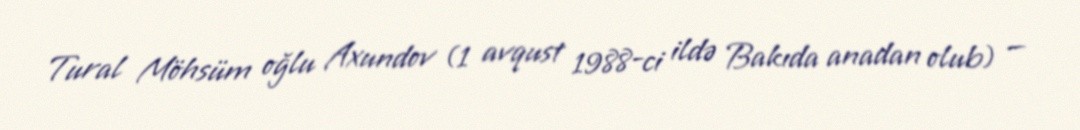
Tural Möhsüm oğlu Axundov (1 avqust 1988-ci ildə Bakıda anadan olub) —